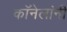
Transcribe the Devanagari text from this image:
कॉनेलांनी